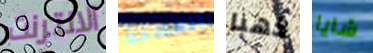
الانترنت المصحة ذهبا شايا